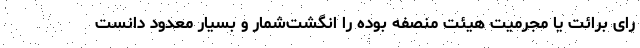
رای برائت یا مجرمیت هیئت منصفه بوده را انگشت‌شمار و بسیار معدود دانست